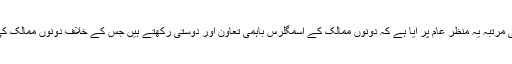
پاک کے درمیان دیرینہ مخاصمت پائی جاتی ہے اور لیکن پہلی مرتبہ یہ منظر عام پر آیا ہے کہ دونوں ممالک کے اسمگلرس باہمی تعاون اور دوستی رکھتے ہیں جس کے خلاف دونوں ممالک کی پولیس فورس کو مشترکہ اقدامات کرنے کی ضرورت ہوگی۔